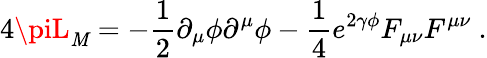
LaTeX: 4\piL_{\mathit{M}}=-\frac{{1}}{{2}}\partial_{\mu}\phi\partial^{\mu}\phi-\frac{{1}}{{4}}e^{2\gamma\phi}F_{\mu\nu}F^{\mu\nu}\ .